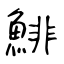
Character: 鯡